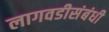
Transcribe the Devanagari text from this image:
लागवडीसंबंधी